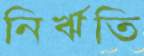
নির্ঋতি